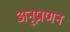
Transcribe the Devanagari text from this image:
अनूप्राणन